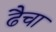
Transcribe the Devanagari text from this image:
ढैचा